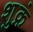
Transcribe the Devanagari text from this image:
शुक्रं